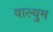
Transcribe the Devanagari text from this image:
वाल्युम